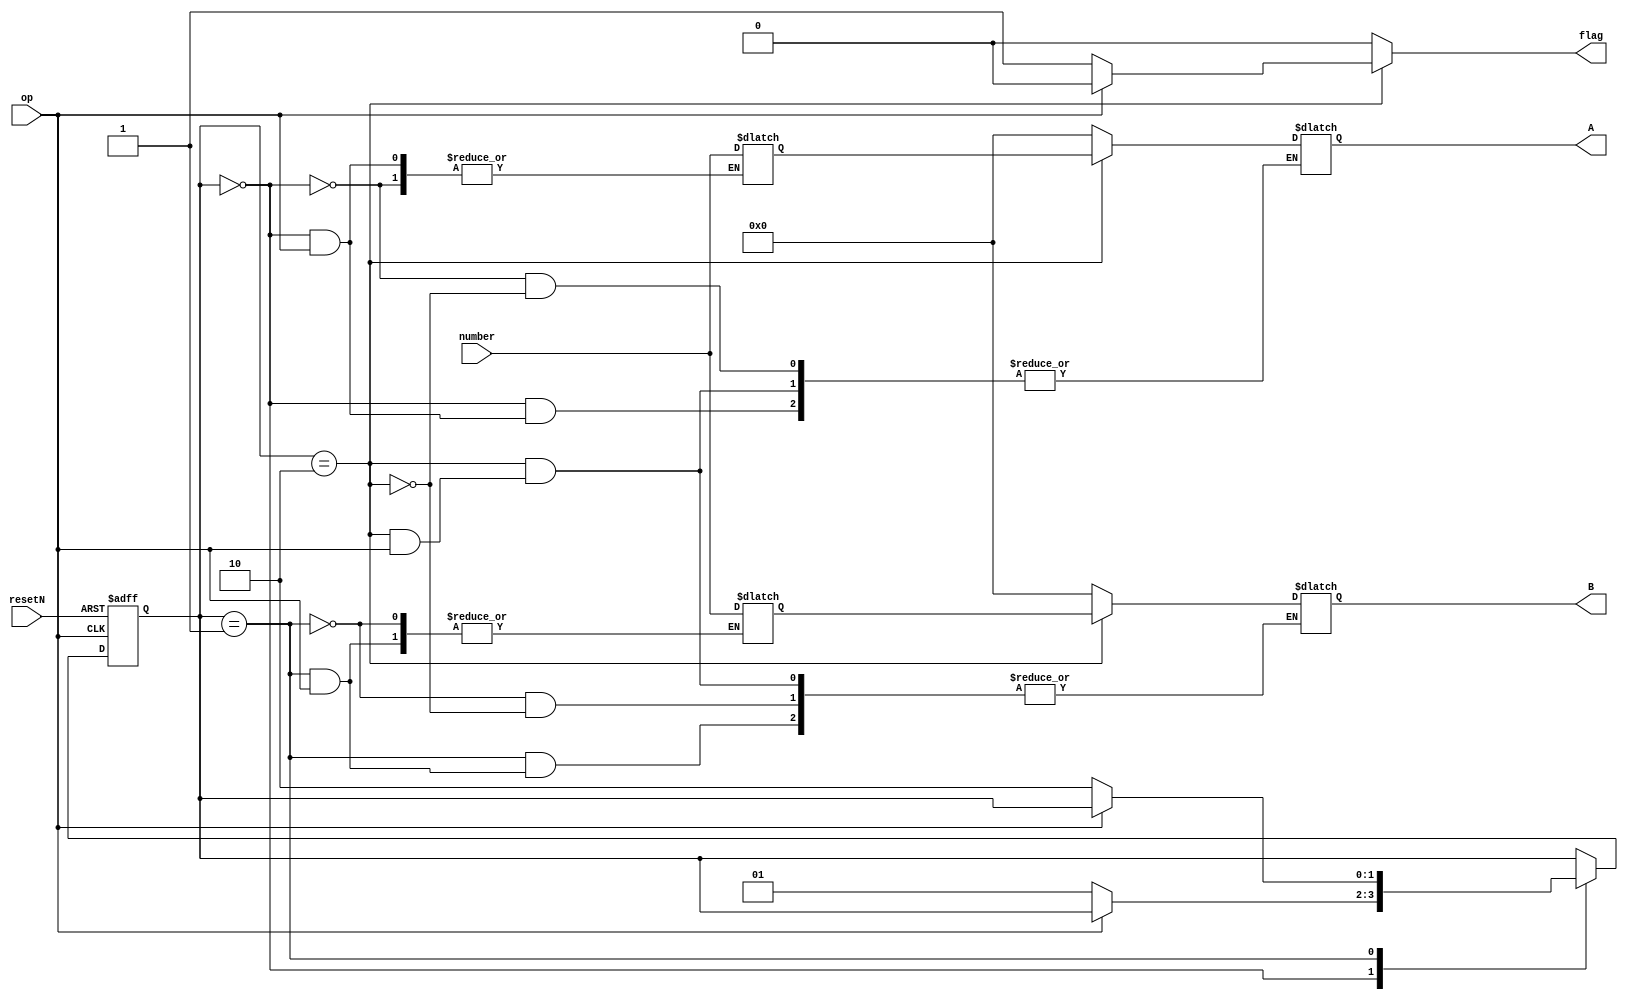
module ProCalc(resetN,number,op,flag,A,B);
input resetN;
input [5:0]number; //SW 5:0
input op; //KEY 0
output reg[5:0] A,B;
output reg flag;


reg [5:0] a,b;



//Define variables
reg [1:0] present_state=0;
reg [1:0] next_state=1;

//Define the 4 states of the machine
parameter num1_state=2'b00;
parameter num2_state=2'b01;
parameter output_state=2'b10;


always @ (posedge op or negedge resetN)
begin
if (~resetN)
	present_state<=num1_state;
else
present_state<=next_state;
end


always  
begin
flag=0;
next_state=present_state;
case(present_state)

num1_state:
	begin
		if (~op)begin
		a<=number;
		next_state<=num2_state;
		A=0;
		end
	end
	
num2_state:
	begin
		if (~op)begin
		b<=number;
		next_state<=output_state;
		B=0;
		end
	end
	
output_state:
	begin // Numbers are ready
		if (~op)begin
		A = a;
		B = b;
		flag=1;
		end
	end
endcase

end

endmodule